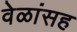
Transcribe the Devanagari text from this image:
वेळांसह